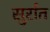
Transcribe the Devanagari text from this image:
सुर्रात